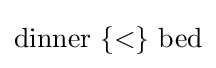
{\mbox{dinner }}\mathbf {\{\operatorname {<} \}} {\mbox{ bed}}